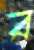
ব